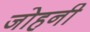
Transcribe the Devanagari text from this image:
जोहनी